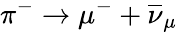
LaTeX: \pi^{-}\rightarrow\mu^{-}+\overline{{\nu}}_{\mu}